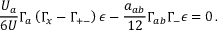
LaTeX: { \frac { U _ { a } } { 6 U } } \Gamma _ { a } \left( \Gamma _ { x } - \Gamma _ { + - } \right) \epsilon - { \frac { a _ { a b } } { 1 2 } } \Gamma _ { a b } \Gamma _ { - } \epsilon = 0 \, .